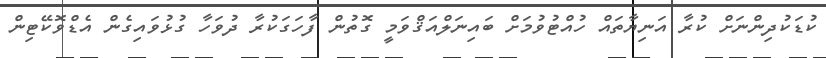
ކުޑަކުދިންނަށް ކުރާ އަނިޔާތައް ހުއްޓުވުމަށް ބައިނަލްއަޤްވަމީ ގޮތުން ފާހަގަކުރާ ދުވަހާ ގުޅުވައިގެން އެޑްވޮކޭޓިން